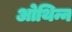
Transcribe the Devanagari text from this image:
ओथिन्न